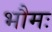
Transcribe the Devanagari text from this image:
भौमः